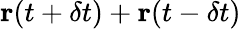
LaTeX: \textbf{r}(t+\delta t)+\textbf{r}(t-\delta t)